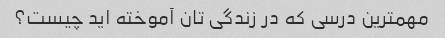
مهمترین درسی که در زندگی تان آموخته اید چیست؟